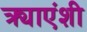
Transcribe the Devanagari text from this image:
त्र्याएंशी